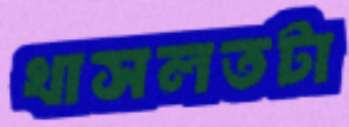
খাসলতটা